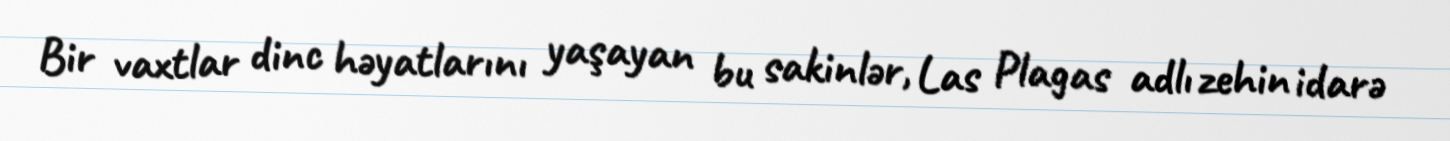
Bir vaxtlar dinc həyatlarını yaşayan bu sakinlər, Las Plagas adlı zehin idarə